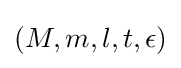
(M,m,l,t,\epsilon )